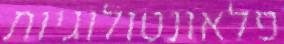
פלאונטולוגיות